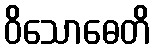
ဝိသောဓေတိ